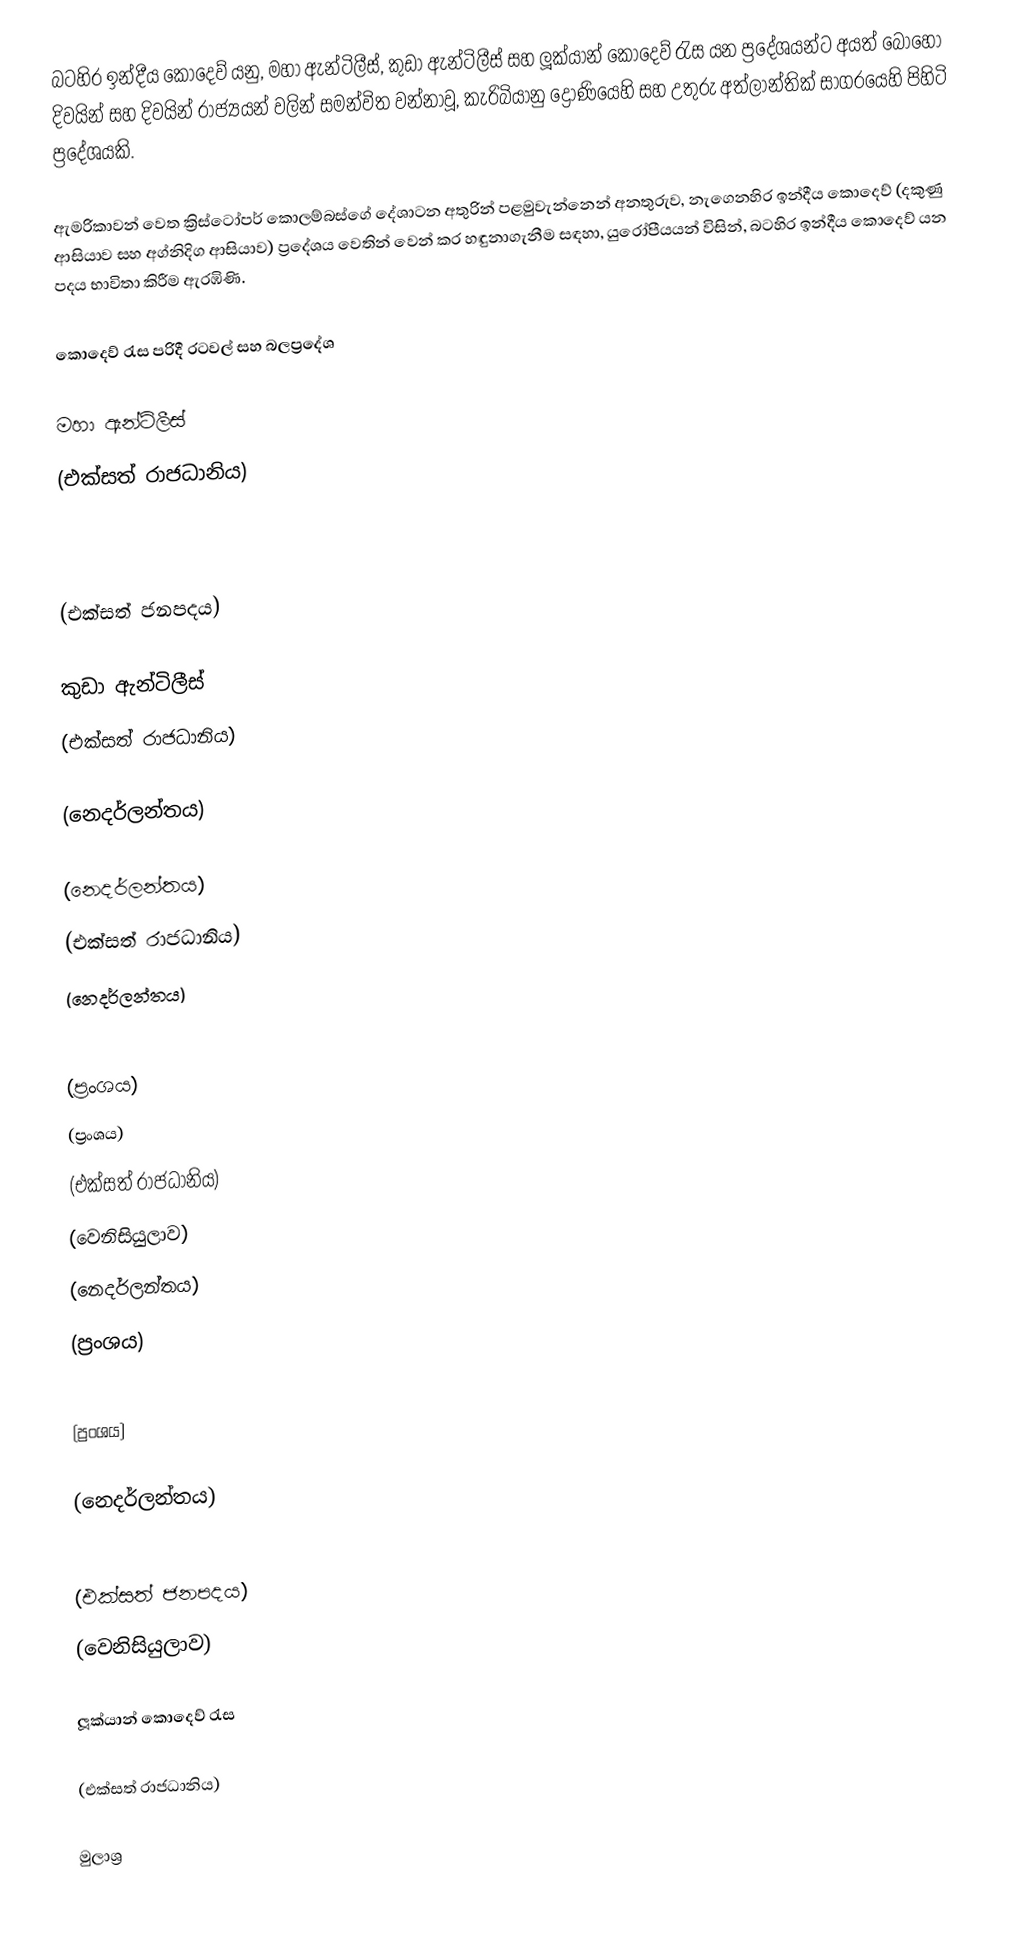
බටහිර ඉන්දීය කොදෙව් යනු,  මහා ඇන්ටිලීස්, කුඩා ඇන්ටිලීස් සහ ලූක්යාන් කොදෙව් රැස යන ප්‍රදේශයන්ට අයත් බොහෝ දිවයින් සහ  දිවයින් රාජ්‍යයන් වලින් සමන්විත වන්නාවූ, කැරිබියානු ද්‍රෝණියෙහි සහ උතුරු අත්ලාන්තික් සාගරයෙහි පිහිටි   ප්‍රදේශයකි.

ඇමරිකාවන් වෙත ක්‍රිස්ටෝපර් කොලම්බස්ගේ දේශාටන අතුරින් පළමුවැන්නෙන් අනතුරුව, නැගෙනහිර ඉන්දීය කොදෙව් (දකුණු ආසියාව සහ  අග්නිදිග ආසියාව) ප්‍රදේශය වෙතින් වෙන් කර හඳුනාගැනීම සඳහා, යුරෝපීයයන් විසින්, බටහිර ඉන්දීය කොදෙව් යන පදය භාවිතා කිරීම ඇරඹිණි.

කොදෙව් රැස පරිදී රටවල් සහ බලප්‍රදේශ

මහා ඇන්ටිලීස්
  (එක්සත් රාජධානිය)

  (එක්සත් ජනපදය)

කුඩා ඇන්ටිලීස්
  (එක්සත් රාජධානිය)

  (නෙදර්ලන්තය)

  (නෙදර්ලන්තය)
  (එක්සත් රාජධානිය)
  (නෙදර්ලන්තය)

  (ප්‍රංශය)
  (ප්‍රංශය)
  (එක්සත් රාජධානිය)
  (වෙනිසියුලාව)
  (නෙදර්ලන්තය)
  (ප්‍රංශය)

  (ප්‍රංශය)

  (නෙදර්ලන්තය)

  (එක්සත් ජනපදය)
  (වෙනිසියුලාව)

ලූක්යාන් කොදෙව් රැස

  (එක්සත් රාජධානිය)

මුලාශ්‍ර